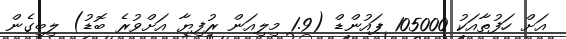
އަށް ހަފުތާއަކު 105000 ޕައުންޑް (1.9 މިލިއަން ރުފިޔާ އަށްވުރެ ބޮޑު) ލިބިގެން